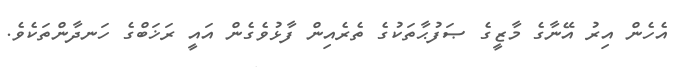
އެހެން އިރު އޭނާގެ މާޒީގެ ޞަފުޙާތަކުގެ ތެރެއިން ފާޅުވެގެން އައީ ރަޚަބްގެ ހަނދާންތަކެވެ.